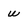
Character: w